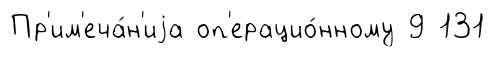
Пр'им'еча́н'иjа оп'ерацио́нному 9 131